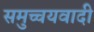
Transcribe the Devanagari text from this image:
समुच्चयवादी